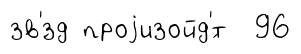
зв'́зд проjизойд'́т 96